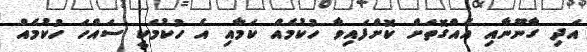
އަދި ގާނޫނާއި އެއްގޮތަށް ކޮށްފައިވާ ހުކުމެއް ކަމާއި އެ ހުކުމަކީ ސައްހަ ހުކުމެއް